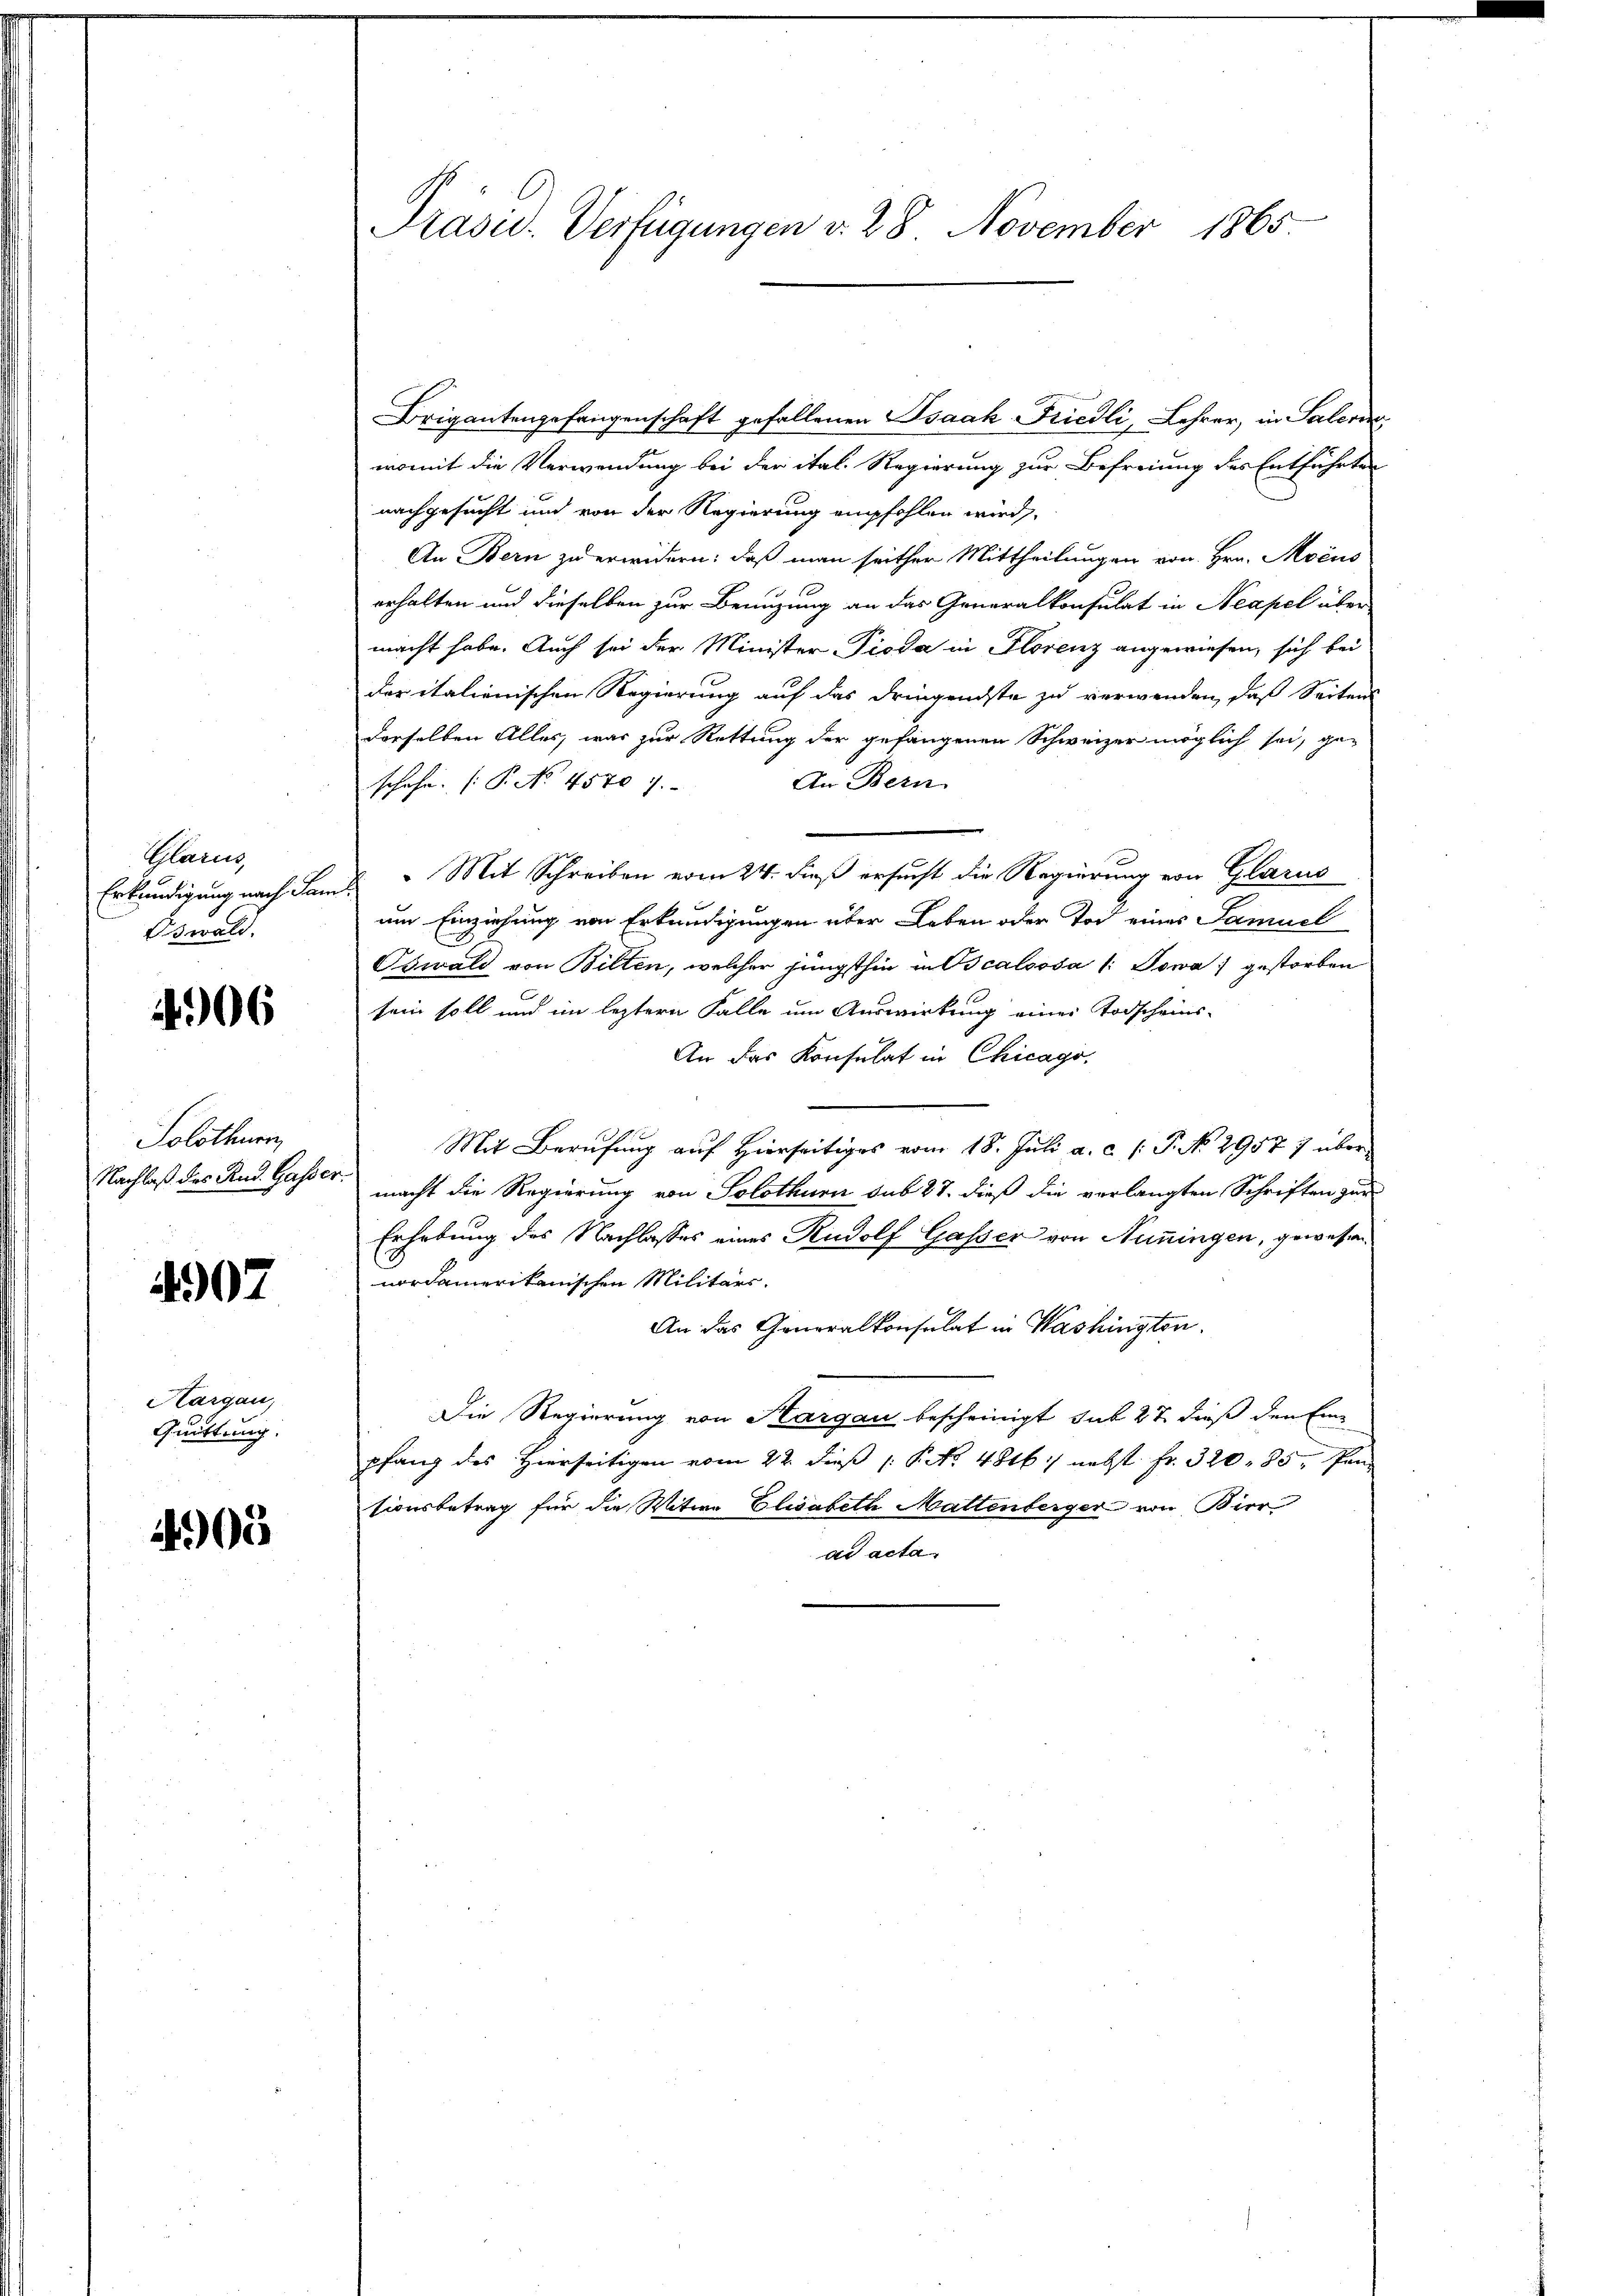
Glarus,
Erkundigung nach Sam
Oswald.

4906

Solothurn
Nachlaß des Rad. Gasser.

4907

Hargau,
Quittung.

4000

Präsid. Verfügungen v. 28. November 1865

Brigantengefangenschaft gefallenen Isaak-Friedli, Lehrer, in Salerin,
womit die Verwendung bei der ital. Regierung zur Befreiung des Entführten
nachgesucht und von der Regierung empfohlen wird.
An Bern zu erwidern: daß man seither Mittheilungen von Hrn. Mens
erhalten und dieselben zur Benuzung an das Generalkonsulat in Neapel über-
macht habe. Auch sei der Minister- Pioda in Florenz angewiesen, sich bei
der italienischen Regierung auf das dringendste zu verwenden, daß Seitens
derselben Alles, was zur Rettung der gefangenen Schweizer möglich sei, ge-
An Bern
schehe. (T. No. 45707.
" Mit Schreiben vom 24. dieß ersucht die Regierung von Glarus
um Einziehung von Erkundigungen über Leben oder Tod eines Samuel
Oswald von Bilten, welcher jüngsthin in Bcalooša (: Sowa gestorben
sein soll und im leztern Falle um Auswirkung einer Todscheins-
An das Konsulat in Chicago,
Mit Berufung auf Hierseitiges vom 18. Juli a. c. s. P. No 29577 übermacht die Regierung von Solothurn sub 27. dieß die verlangten Schriften zur
Erhebung des Nachlasses eines Rudolf Gasser von Nuningen, gewesen
nordamerikanischen Militärs.
An das Generalkonsulat in Washington.
Die Regierung von Kargau bescheinigt, sub 27 dieß den Einpfang des Hierseitigen vom 22. dieß P. Nr. 4816/ nebst Fr. 320, 85, Pansionsbetrag für die Witwe Elisabeth Mattenberger von Bier
ad acta